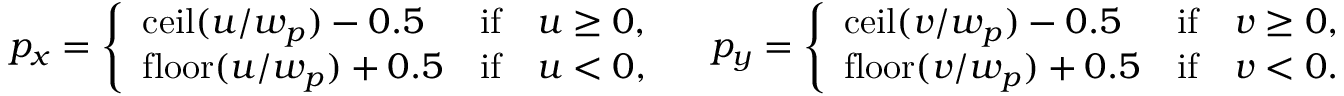
p _ { x } = \left\{ \begin{array} { l l } { \mathrm { c e i l } ( u / w _ { p } ) - 0 . 5 } & { \mathrm { i f } \quad u \geq 0 , } \\ { \mathrm { f l o o r } ( u / w _ { p } ) + 0 . 5 } & { \mathrm { i f } \quad u < 0 , } \end{array} \right. \quad p _ { y } = \left\{ \begin{array} { l l } { \mathrm { c e i l } ( v / w _ { p } ) - 0 . 5 } & { \mathrm { i f } \quad v \geq 0 , } \\ { \mathrm { f l o o r } ( v / w _ { p } ) + 0 . 5 } & { \mathrm { i f } \quad v < 0 . } \end{array} \right.